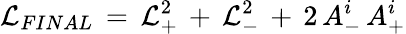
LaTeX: {\cal L}_{FINAL}\, =\, {\cal L}_{+}^{2}\, +\, {\cal L}_{-}^{2}\, +\, 2\, A_{-}^{i}\, A_{+}^{i}